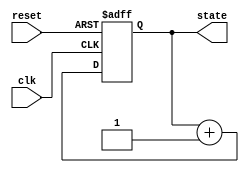
module sequential_logic_example (
    input wire clk,
    input wire reset,
    output reg [3:0] state
);

    // Initial block to set up initial conditions
    initial begin
        state <= 4'b0000; // Initialize state to 0
    end

    // Always block to model sequential behavior
    always @(posedge clk or posedge reset) begin
        if (reset) begin
            state <= 4'b0000; // Reset state to 0
        end else begin
            // Update state based on some logic
            state <= state + 1; // Increment state
        end
    end

endmodule